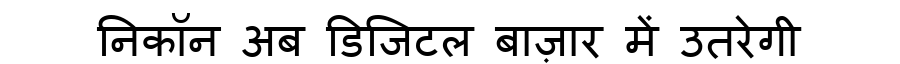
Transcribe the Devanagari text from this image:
निकॉन अब डिजिटल बाज़ार में उतरेगी